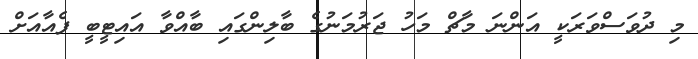
މި ދުވަސްވަރަކީ އަންނަ މާޗް މަހު ޖަރުމަނުގެ ބާލިންގައި ބާއްވާ އައިޓީބީ ފެއާއަށް